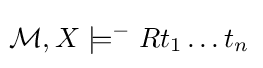
\!{\mathcal {M}},X\models ^{-}Rt_{1}\ldots t_{n}